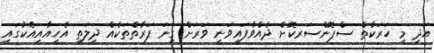
އަދި މި ހަރަކާތް ސްޕޮންސަރކޮށް ދެއްވާފައިވަނީ ވަރަށް ގިނަ ފަރާތްތަކެއް ދީލަތި އެހީއާއިއެކުގައި